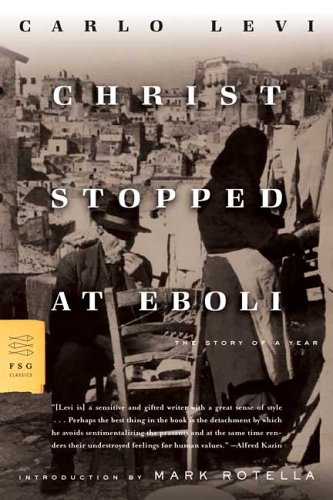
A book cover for Christ Stopped at Eboli: The Story of a Year (FSG Classics); Carlo Levi; Biographies & Memoirs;